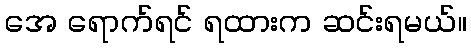
အေ ရောက်ရင် ရထားက ဆင်းရမယ်။